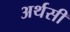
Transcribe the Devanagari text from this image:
अर्थसी